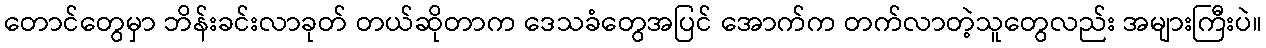
တောင်တွေမှာ ဘိန်းခင်းလာခုတ် တယ်ဆိုတာက ဒေသခံတွေအပြင် အောက်က တက်လာတဲ့သူတွေလည်း အများကြီးပဲ။